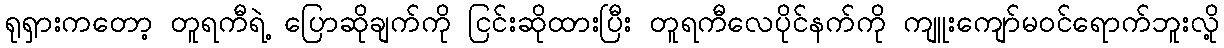
ရုရှားကတော့ တူရကီရဲ့ ပြောဆိုချက်ကို ငြင်းဆိုထားပြီး တူရကီလေပိုင်နက်ကို ကျူးကျော်မဝင်ရောက်ဘူးလို့